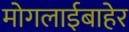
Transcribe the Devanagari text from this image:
मोगलाईबाहेर